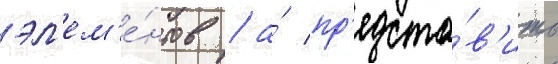
эл'ем'е́нтов / а́ пр'едста́в'ить